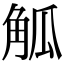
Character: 觚